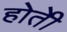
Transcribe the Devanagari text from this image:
होतेी